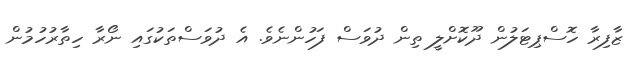
ޒާފިރާ ހޮސްޕިޓަލުން ދޫކޮށްލީ ތިން ދުވަސް ފަހުންނެވެ. އެ ދުވަސްތަކުގައި ނޯރާ ހިތާރުހުމުން